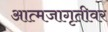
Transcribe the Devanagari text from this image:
आत्मजागृतीवर